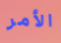
الأمر